Vaccination in Bombay 1856-1862 - 1856-1862
Year: 1856
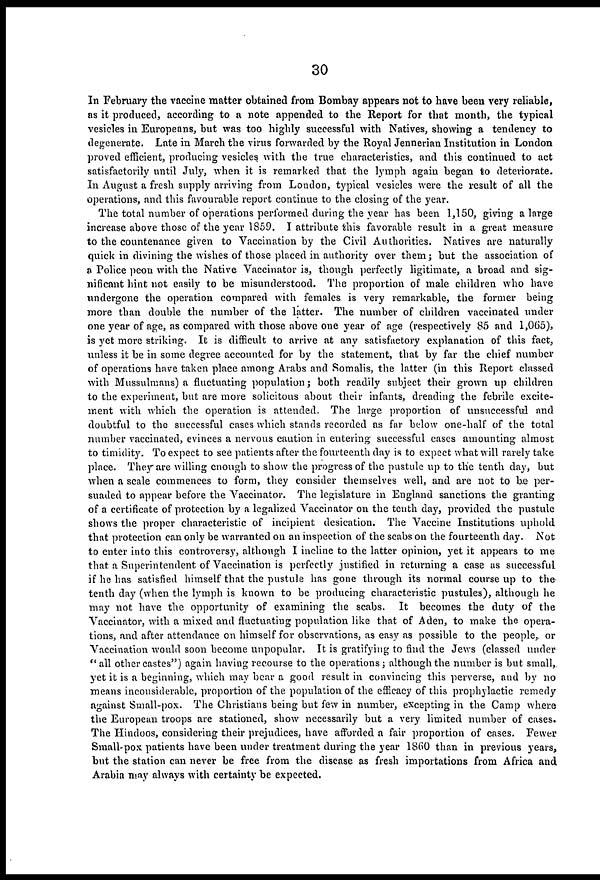
30
In February the vaccine matter obtained from Bombay appears not to have been very reliable,
as it produced, according to a note appended to the Report for that month, the typical
vesicles in Europeans, but was too highly successful with Natives, showing a tendency to
degenerate. Late in March the virus forwarded by the Royal Jennerian Institution in London
proved efficient, producing vesicles with the true characteristics, and this continued to act
satisfactorily until July, when it is remarked that the lymph again began to deteriorate.
In August a fresh supply arriving from London, typical vesicles were the result of all the
operations, and this favourable report continue to the closing of the year.
The total number of operations performed during the year has been 1,150, giving a large
increase above those of the year 1859. I attribute this favorable result in a great measure
to the countenance given to Vaccination by the Civil Authorities. Natives are naturally
quick in divining the wishes of those placed in authority over them; but the association of
a Police peon with the Native Vaccinator is, though perfectly ligitimate, a broad and sig-
nificant hint not easily to be misunderstood. The proportion of male children who have
undergone the operation compared with females is very remarkable, the former being
more than double the number of the latter. The number of children vaccinated under
one year of age, as compared with those above one year of age (respectively 85 and 1,065),
is yet more striking. It is difficult to arrive at any satisfactory explanation of this fact,
unless it be in some degree accounted for by the statement, that by far the chief number
of operations have taken place among Arabs and Somalis, the latter (in this Report classed
with Mussulmans) a fluctuating population; both readily subject their grown up children
to the experiment, but are more solicitous about their infants, dreading the febrile excite-
ment with which the operation is attended. The large proportion of unsuccessful and
doubtful to the successful cases which stands recorded as far below one-half of the total
number vaccinated, evinces a nervous caution in entering successful cases amounting almost
to timidity. To expect to see patients after the fourteenth day is to expect what will rarely take
place. They are willing enough to show the progress of the pustule up to the tenth day, but
when a scale commences to form, they consider themselves well, and are not to be per-
suaded to appear before the Vaccinator. The legislature in England sanctions the granting
of a certificate of protection by a legalized Vaccinator on the tenth day, provided the pustule
shows the proper characteristic of incipient desication. The Vaccine Institutions uphold
that protection can only be warranted on an inspection of the scabs on the fourteenth day. Not
to enter into this controversy, although I incline to the latter opinion, yet it appears to me
that a Superintendent of Vaccination is perfectly justified in returning a case as successful
if he has satisfied himself that the pustule has gone through its normal course up to the
tenth day (when the lymph is known to be producing characteristic pustules), although he
may not have the opportunity of examining the scabs. It becomes the duty of the
Vaccinator, with a mixed and fluctuating population like that of Aden, to make the opera-
tions, and after attendance on himself for observations, as easy as possible to the people, or
Vaccination would soon become unpopular. It is gratifying to find the Jews (classed under
"all other castes") again having recourse to the operations ; although the number is but small,
yet it is a beginning, which may bear a good result in convincing this perverse, and by no
means inconsiderable, proportion of the population of the efficacy of this prophylactic remedy
against Small-pox. The Christians being but few in number, excepting in the Camp where
the European troops are stationed, show necessarily but a very limited number of cases.
The Hindoos, considering their prejudices, have afforded a fair proportion of cases. Fewer
Small-pox patients have been under treatment during the year 1860 than in previous years,
but the station can never be free from the disease as fresh importations from Africa and
Arabia may always with certainty be expected.